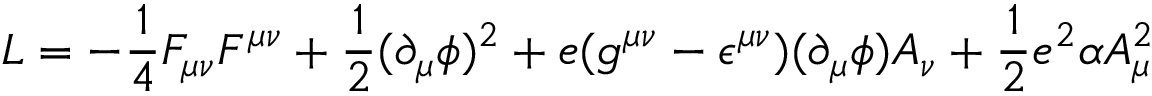
{ \cal L } = - \frac { 1 } { 4 } F _ { \mu \nu } F ^ { \mu \nu } + \frac { 1 } { 2 } ( \partial _ { \mu } \phi ) ^ { 2 } + e ( g ^ { \mu \nu } - \epsilon ^ { \mu \nu } ) ( \partial _ { \mu } \phi ) A _ { \nu } + \frac { 1 } { 2 } e ^ { 2 } \alpha A _ { \mu } ^ { 2 }